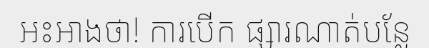
អះអាងថា! ការបើក ផ្សារណាត់បន្លែ